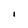
Character: I